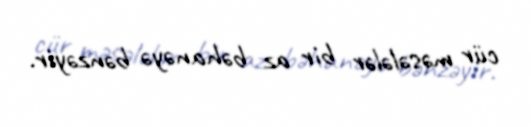
cür məsələlər bir az bəhanəyə bənzəyir.